Mental hospitals Bombay report 1929-33 - 1929-1933
Year: 1929
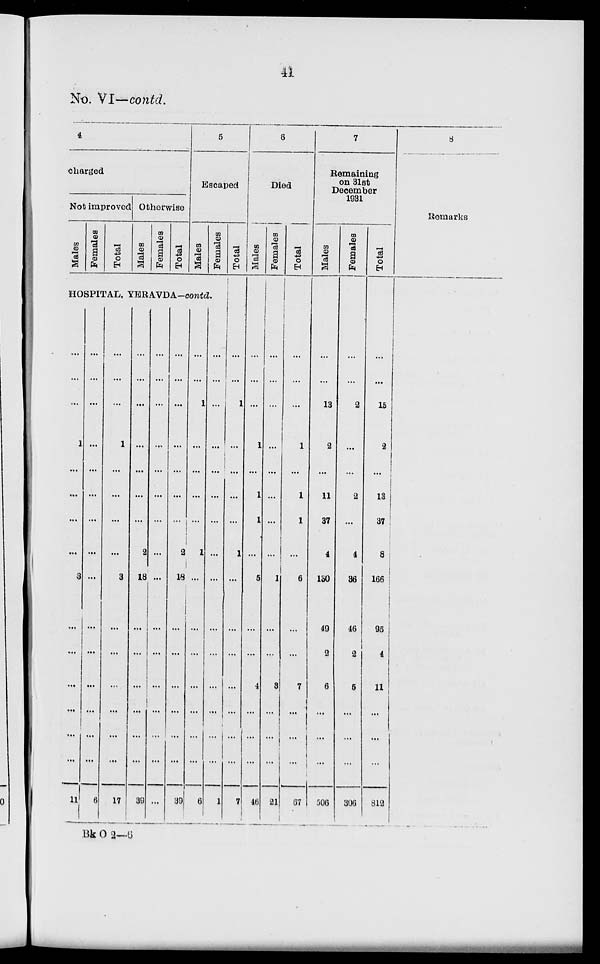
41
No. VI—contd.
4
charged
Not improved
Males
Females
Total
Otherwise
Males
Females
Total
5
Escaped
Males
Females
HOSPITAL, YEAVDA-contd.
...
...
...
1
...
...
...
...
3
...
...
...
...
...
...
11
...
...
...
...
...
...
...
...
...
...
...
...
...
...
...
6
...
...
...
1
...
...
...
...
3
...
...
...
...
...
...
17
...
...
...
...
...
...
...
2
18
...
...
...
...
...
...
39
...
...
...
...
...
...
...
...
...
...
...
...
...
...
...
...
...
...
...
...
...
...
...
2
18
...
...
...
...
...
...
39
...
...
1
...
...
...
...
1
...
...
...
...
...
...
...
6
...
...
...
...
...
...
...
...
...
...
...
...
...
...
...
1
Total
...
1
...
...
...
...
1
...
...
...
...
...
...
...
7
6
Died
Males
...
...
...
1
...
1
1
...
5
...
...
4
...
...
...
46
Females
...
...
...
...
...
...
...
...
1
...
...
3
...
...
...
21
Total
...
...
...
1
...
1
1
...
6
...
...
7
...
...
...
67
7
Remaining
on 31st
December
1931
Males
...
...
13
2
...
11
37
4
130
49
2
6
...
...
...
506
Females
...
...
2
...
...
2
...
4
36
46
2
5
...
...
...
306
Total
...
...
15
2
...
13
37
8
166
95
4
11
...
...
...
312
6
Remarks
Bk O 2—6